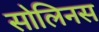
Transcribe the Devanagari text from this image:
सोलिनस